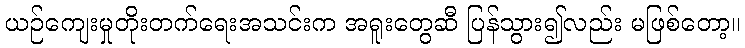
ယဉ်ကျေးမှုတိုးတက်ရေးအသင်းက အရူးတွေဆီ ပြန်သွား၍လည်း မဖြစ်တော့။